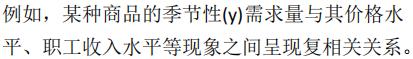
例如，某种商品的季节性($y$)需求量与其价格水平、职工收入水平等现象之间呈现复相关关系。